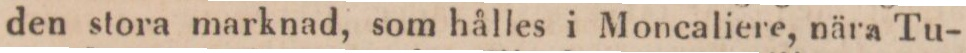
den stora marknad, som hålles i Moncaliere, nära Tu-